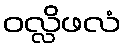
ဝလ္လိဖလံ